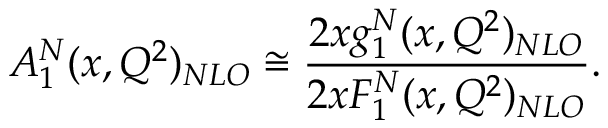
A _ { 1 } ^ { N } ( x , Q ^ { 2 } ) _ { N L O } \cong { \frac { 2 x g _ { 1 } ^ { N } ( x , Q ^ { 2 } ) _ { N L O } } { 2 x F _ { 1 } ^ { N } ( x , Q ^ { 2 } ) _ { N L O } } } .